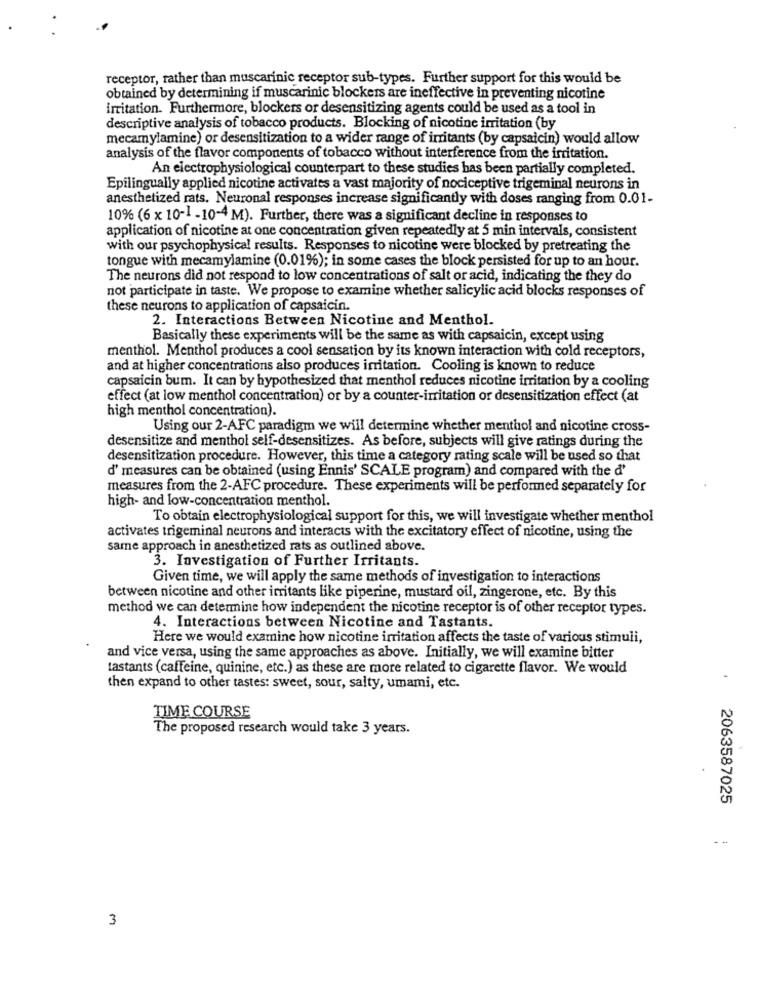
receptor, rather than muscarinic receptor sub-types. Further support for this would be
obtained by determining if muscarinic blockers are ineffective in preventing nicotine
irritation. Furthermore, blockers or desensitizing agents could be used as a tool in
descriptive analysis of tobacco products. Blocking of nicotine irritation (by
mecamylamine) or desensitization to a wider range of irritants (by capsaicin) would allow
analysis of the flavor components of tobacco without interference from the irritation.
An electrophysiological counterpart to these studies has been partially completed.
Epilingually applied nicotine activates a vast majority of nociceptive trigeminal neurons in
anesthetized rats. Neuronal responses increase significantly with doses ranging from 0.01-
10% (6 x 10-1 -10-4 M). Further, there was a significant decline in responses to
application of nicotine at one concentration given repeatedly at 5 min intervals, consistent
with our psychophysical results. Responses to nicotine were blocked by pretreating the
tongue with mecamylamine (0.01%); in some cases the block persisted for up to an hour.
The neurons did not respond to low concentrations of salt or acid, indicating the they do
not participate in taste. We propose to examine whether salicylic acid blocks responses of
these neurons to application of capsaicin.
2. Interactions Between Nicotine and Menthol.
Basically these experiments will be the same as with capsaicin, except using
menthol. Menthol produces a cool sensation by its known interaction with cold receptors,
and at higher concentrations also produces irritation. Cooling is known to reduce
capsaicin bum. It can by hypothesized that menthol reduces nicotine irritation by a cooling
effect (at low menthol concentration) or by a counter-irritation or desensitization effect (at
high menthol concentration).
Using our 2-AFC paradigm we will determine whether menthol and nicotine cross-
desensitize and menthol self-desensitizes. As before, subjects will give ratings during the
desensitization procedure. However, this time a category rating scale will be used so that
d' measures can be obtained (using Ennis' SCALE program) and compared with the d'
measures from the 2-AFC procedure. These experiments will be performed separately for
high- and low-concentration menthol.
To obtain electrophysiological support for this, we will investigate whether menthol
activates trigeminal neurons and interacts with the excitatory effect of nicotine, using the
same approach in anesthetized rats as outlined above.
3. Investigation of Further Irritants.
Given time, we will apply the same methods of investigation to interactions
between nicotine and other irritants like piperine, mustard oil, zingerone, etc. By this
method we can determine how independent the nicotine receptor is of other receptor types.
4. Interactions between Nicotine and Tastants.
Here we would examine how nicotine irritation affects the taste of various stimuli,
and vice versa, using the same approaches as above. Initially, we will examine bitter
tastants (caffeine, quinine, etc.) as these are more related to cigarette flavor. We would
then expand to other tastes: sweet, sour, salty, umami, etc.
TIME COURSE
The proposed research would take 3 years.
2063587025
--
3